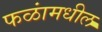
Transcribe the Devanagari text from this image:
फळांमधील